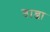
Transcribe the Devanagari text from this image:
डान्जा